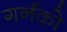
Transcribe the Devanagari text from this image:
गर्नको